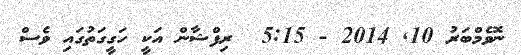
ނޮވެމްބަރު 10